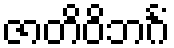
ဇာတိဝိဘင်္ဂံ